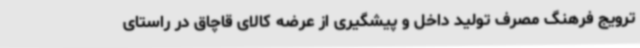
ترویج فرهنگ مصرف تولید داخل و پیشگیری از عرضه کالای قاچاق در راستای